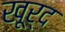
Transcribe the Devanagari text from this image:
खूर्द